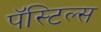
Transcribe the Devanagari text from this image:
पॅस्टिल्स